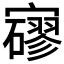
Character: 𡫱